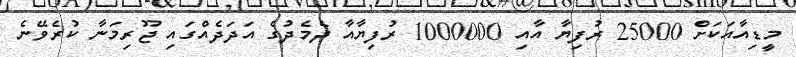
މީޑިއާއަކަށް 25000 ރުފިޔާ އާއި 1000000 ރުފިޔާއާ ދެމެދުގެ އަދަދެއްގައި ޖޫރިމަނާ ކުރެވޭނެ